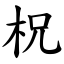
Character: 柷